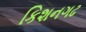
કિશનગઢ